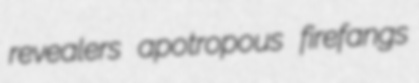
revealers apotropous firefangs